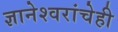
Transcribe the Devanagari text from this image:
ज्ञानेश्वरांचेही